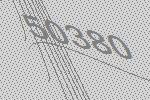
50380